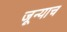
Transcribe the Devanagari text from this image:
जून्याच